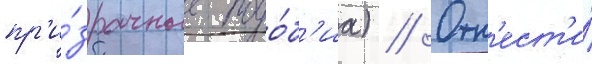
пр'и́зрачные подо́б'иа) // Отн'ест'и́